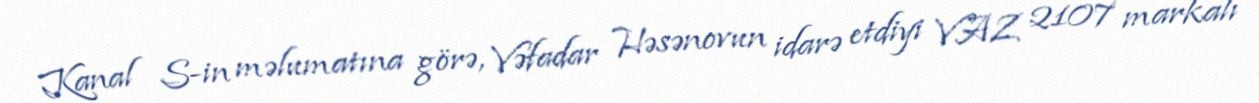
Kanal S-in məlumatına görə, Vəfadar Həsənovun idarə etdiyi VAZ 2107 markalı